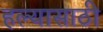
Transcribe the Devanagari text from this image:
हल्यासाठी